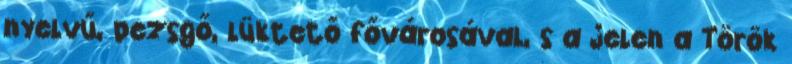
nyelvű, pezsgő, lüktető fővárosával, s a jelen a Török